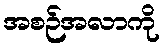
အစဉ်အလာကို